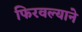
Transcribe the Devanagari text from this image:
फिरवल्याने